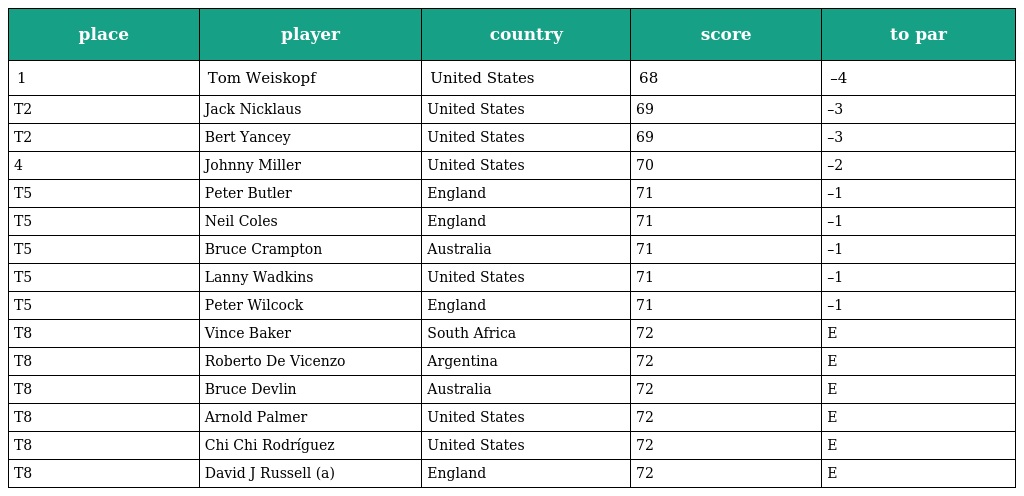
| place | player | country | score | to par |
 | --- | --- | --- | --- | --- |
 | 1 | Tom Weiskopf | United States | 68 | –4 |
 | T2 | Jack Nicklaus | United States | 69 | –3 |
 | T2 | Bert Yancey | United States | 69 | –3 |
 | 4 | Johnny Miller | United States | 70 | –2 |
 | T5 | Peter Butler | England | 71 | –1 |
 | T5 | Neil Coles | England | 71 | –1 |
 | T5 | Bruce Crampton | Australia | 71 | –1 |
 | T5 | Lanny Wadkins | United States | 71 | –1 |
 | T5 | Peter Wilcock | England | 71 | –1 |
 | T8 | Vince Baker | South Africa | 72 | E |
 | T8 | Roberto De Vicenzo | Argentina | 72 | E |
 | T8 | Bruce Devlin | Australia | 72 | E |
 | T8 | Arnold Palmer | United States | 72 | E |
 | T8 | Chi Chi Rodríguez | United States | 72 | E |
 | T8 | David J Russell (a) | England | 72 | E |